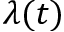
\lambda ( t )